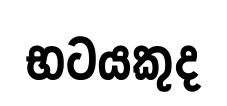
භටයකුද